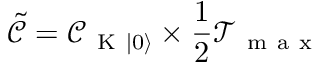
\tilde { \mathcal { C } } = \mathcal { C } _ { \mathrm { ~ K ~ } \lvert 0 \rangle } \times \frac { 1 } { 2 } \mathcal { T } _ { \mathrm { ~ m ~ a ~ x ~ } }